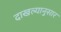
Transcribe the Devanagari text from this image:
दाखल्यानुसार